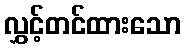
လွှင့်တင်ထားသော